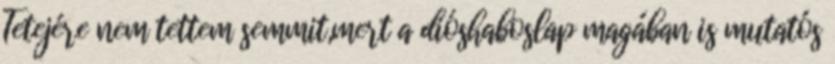
Tetejére nem tettem semmit,mert a dióshaboslap magában is mutatós